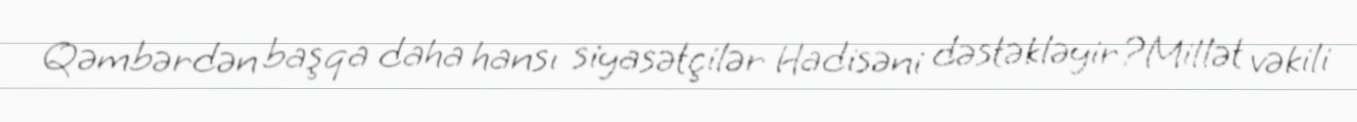
Qəmbərdən başqa daha hansı siyasətçilər Hadisəni dəstəkləyir?Millət vəkili